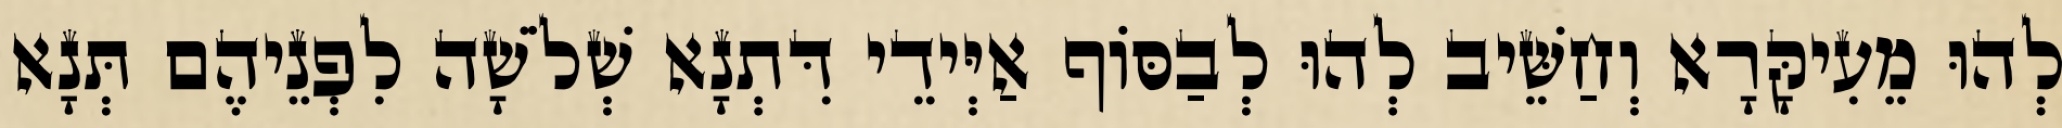
לְהוּ מֵעִיקָּרָא וְחַשֵּׁיב לְהוּ לְבַסּוֹף אַיְּידֵי דִּתְנָא שְׁלֹשָׁה לִפְנֵיהֶם תְּנָא